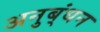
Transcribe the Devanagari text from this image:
अनुब्ंधन